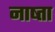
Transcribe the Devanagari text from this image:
नाष्ता